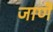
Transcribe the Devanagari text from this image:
जाणैं